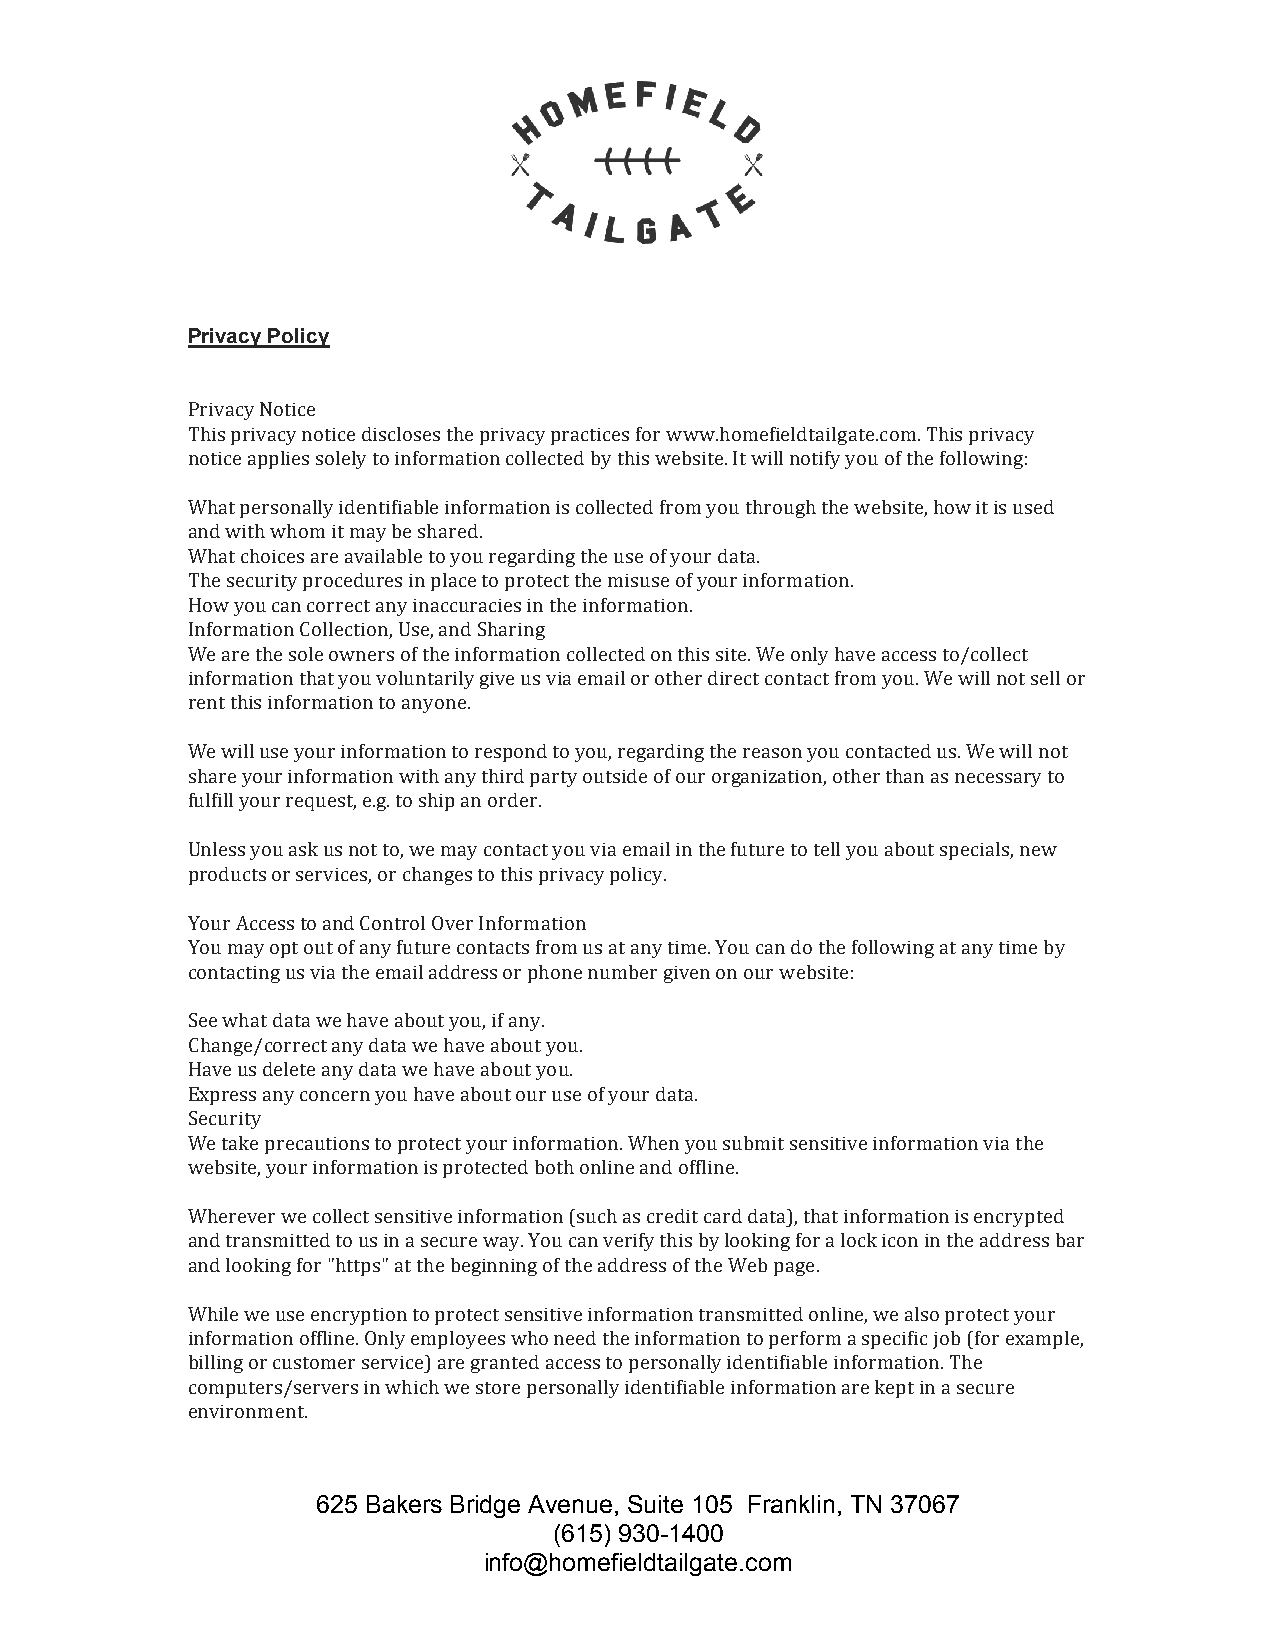
Privacy Policy
 Privacy Notice
 This privacy notice discloses the privacy practices for www.homefieldtailgate.com. This privacy
 notice applies solely to information collected by this website. It will notify you of the following:
 What personally identifiable information is collected from you through the website, how it is used
 and with whom it may be shared.
 What choices are available to you regarding the use of your data.
 The security procedures in place to protect the misuse of your information.
 How you can correct any inaccuracies in the information.
 Information Collection, Use, and Sharing
 We are the sole owners of the information collected on this site. We only have access to/collect
 information that you voluntarily give us via email or other direct contact from you. We will not sell or
 rent this information to anyone.
 We will use your information to respond to you, regarding the reason you contacted us. We will not
 share your information with any third party outside of our organization, other than as necessary to
 fulfill your request, e.g. to ship an order.
 Unless you ask us not to, we may contact you via email in the future to tell you about specials, new
 products or services, or changes to this privacy policy.
 Your Access to and Control Over Information
 You may opt out of any future contacts from us at any time. You can do the following at any time by
 contacting us via the email address or phone number given on our website:
 See what data we have about you, if any.
 Change/correct any data we have about you.
 Have us delete any data we have about you.
 Express any concern you have about our use of your data.
 Security
 We take precautions to protect your information. When you submit sensitive information via the
 website, your information is protected both online and offline.
 Wherever we collect sensitive information (such as credit card data), that information is encrypted
 and transmitted to us in a secure way. You can verify this by looking for a lock icon in the address bar
 and looking for "https" at the beginning of the address of the Web page.
 While we use encryption to protect sensitive information transmitted online, we also protect your
 information offline. Only employees who need the information to perform a specific job (for example,
 billing or customer service) are granted access to personally identifiable information. The
 computers/servers in which we store personally identifiable information are kept in a secure
 environment.
 625 Bakers Bridge Avenue, Suite 105 Franklin, TN 37067
 (615) 930-1400
 info@homefieldtailgate.com